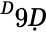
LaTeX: ^Ḋ9Ḍ